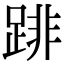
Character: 䠊